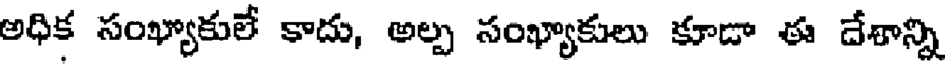
అధిక సంఖ్యాకులే కాదు, అల్ప సంఖ్యాకులు కూడా ఈ దేశాన్ని